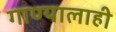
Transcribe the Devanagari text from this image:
गाण्यालाही